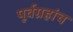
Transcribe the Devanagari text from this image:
पूर्वग्रहांच